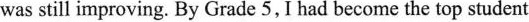
was still improving. By Grade 5, I had become the top student